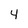
Character: 4